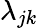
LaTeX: \lambda_{jk}